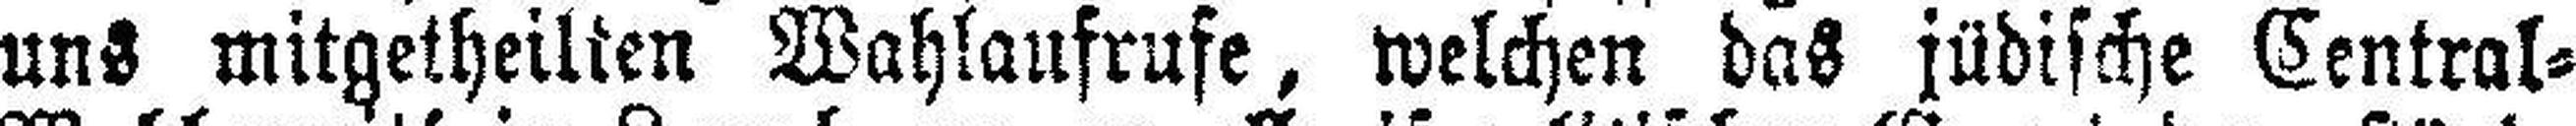
uns mitgetheilten Wahlaufrufe, welchen das jüdische Central=